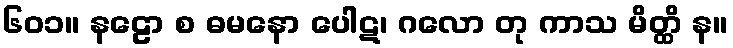
၆၀၁။ နဠော စ ဓမနော ပေါဋ၊ ဂလော တု ကာသ မိတ္ထိ န။